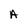
Character: A